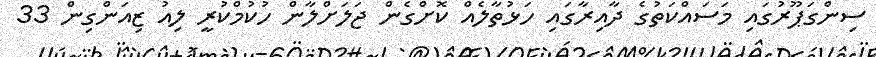
ސިންގަޕޫރުގައި މަސައްކަތުގެ ދާއިރާގައި ހަޅުތާލެއް ކޮށްގެން ޖަލަށްލާން ހުކުމްކުރީ ލިއު ޒިއަންގިން 33